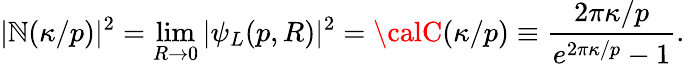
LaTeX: |{\cal\mathbb{N}}(\kappa/p)|^{2}=\operatorname*{lim}_{R\rightarrow0}|\psi_{L}(p,R)|^{2}={\calC}(\kappa/p)\equiv\frac{{2\pi\kappa/p}}{{e^{2\pi\kappa/p}-1}}.